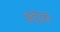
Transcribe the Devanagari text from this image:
ह्रडेक